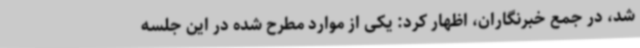
شد، در جمع خبرنگاران، اظهار کرد: یکی از موارد مطرح شده در این جلسه